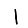
Digit: 1